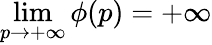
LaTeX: \operatorname*{lim}_{p\to+\infty}\phi(p)=+\infty